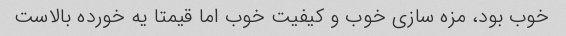
خوب بود، مزه سازی خوب و کیفیت خوب اما قیمتا یه خورده بالاست